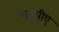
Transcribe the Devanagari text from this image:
मारूपीए